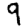
Digit: 9